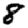
Digit: 8